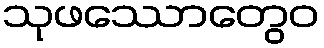
သုဖဿောတွေဝ